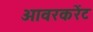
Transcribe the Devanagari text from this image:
ओवरकरेंट